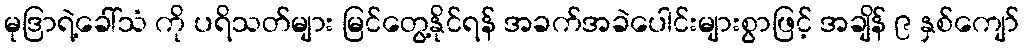
မုဒြာရဲ့ခေါ်သံ ကို ပရိသတ်များ မြင်တွေ့နိုင်ရန် အခက်အခဲပေါင်းများစွာဖြင့် အချိန် ၉ နှစ်ကျော်